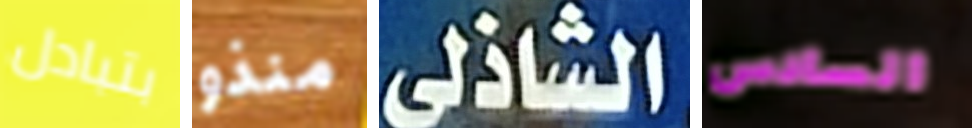
بتبادل منذو الشاذلي السادس